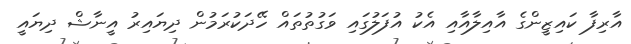
އާރިފާ ކައިޒީންގެ އާއިލާއާއި އެކު އުފަލުގައި ވަގުތުތައް ހޭދަކުރަމުން ދިޔައިރު އީނާޝް ދިޔައީ